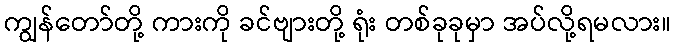
ကျွန်တော်တို့ ကားကို ခင်ဗျားတို့ ရုံး တစ်ခုခုမှာ အပ်လို့ရမလား။